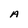
Character: A